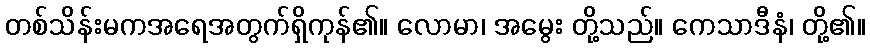
တစ်သိန်းမကအရေအတွက်ရှိကုန်၏။ လောမာ၊ အမွေး တို့သည်။ ကေသာဒီနံ၊ တို့၏။